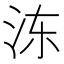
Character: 𰛒